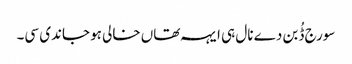
سورج ڈُبن دے نال ہی ایہہ تھاں خالی ہو جاندی سی۔